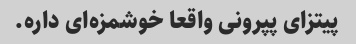
پیتزای پپرونی واقعا خوشمزه‌ای داره.